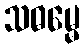
သဓမ္မေ